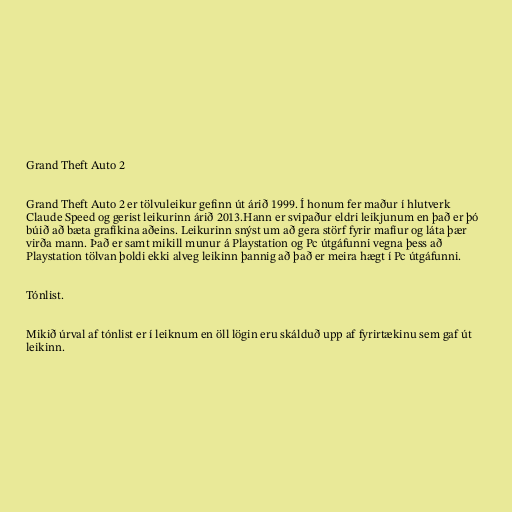
Grand Theft Auto 2

Grand Theft Auto 2 er tölvuleikur gefinn út árið 1999. Í honum fer maður í hlutverk
Claude Speed og gerist leikurinn árið 2013.Hann er svipaður eldri leikjunum en það er þó
búið að bæta grafíkina aðeins. Leikurinn snýst um að gera störf fyrir mafíur og láta þær
virða mann. Það er samt mikill munur á Playstation og Pc útgáfunni vegna þess að
Playstation tölvan þoldi ekki alveg leikinn þannig að það er meira hægt í Pc útgáfunni.

Tónlist.

Mikið úrval af tónlist er í leiknum en öll lögin eru skálduð upp af fyrirtækinu sem gaf út
leikinn.